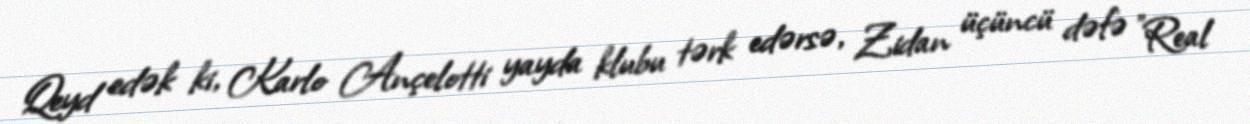
Qeyd edək ki, Karlo Ançelotti yayda klubu tərk edərsə, Zidan üçüncü dəfə "Real